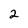
Character: 2